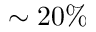
\sim 2 0 \%